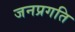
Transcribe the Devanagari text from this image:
जनप्रगति